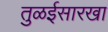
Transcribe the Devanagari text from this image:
तुळईसारखा